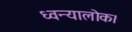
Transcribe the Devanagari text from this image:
ध्वन्यालोक।